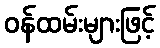
ဝန်ထမ်းများဖြင့်